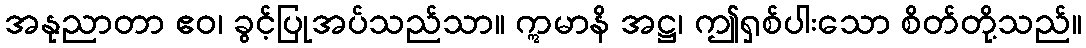
အနုညာတာ ဧဝ၊ ခွင့်ပြုအပ်သည်သာ။ ဣမာနိ အဋ္ဌ၊ ဤရှစ်ပါးသော စိတ်တို့သည်။